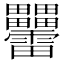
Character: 𤴑